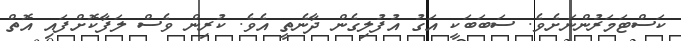
ކަސްޓަމަރުންނަށެވެ. ސަބަބަކީ އަގު އުފުލިގެން ދާނެތީ އެވެ. ކުރިން ވެސް ލަފާކޮށްފައި އޮތް